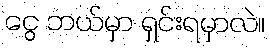
ငွေ ဘယ်မှာ ရှင်းရမှာလဲ။